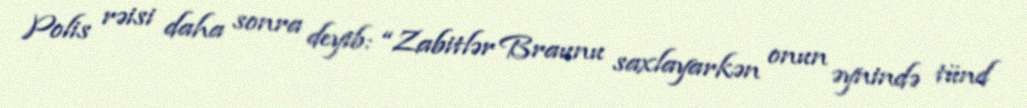
Polis rəisi daha sonra deyib: “Zabitlər Braunu saxlayarkən onun əynində tünd